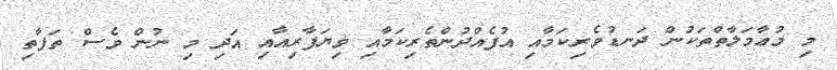
މި މުޢާމަލާތްތަކުން ދަނޑުވެރިކަމާއި އުފެއްދުންތެރިކަމާއި ވިޔަފާރިއާއި އަދި މި ނުން ވެސް ތަފާތި